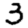
Digit: 3